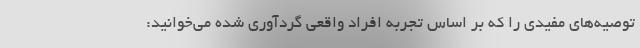
توصیه‌های مفیدی را که بر اساس تجربه افراد واقعی گردآوری شده می‌خوانید: